Annual report of the Central Committee of the Association together with the report of the directors of the Pasteur Institute at Kasauli
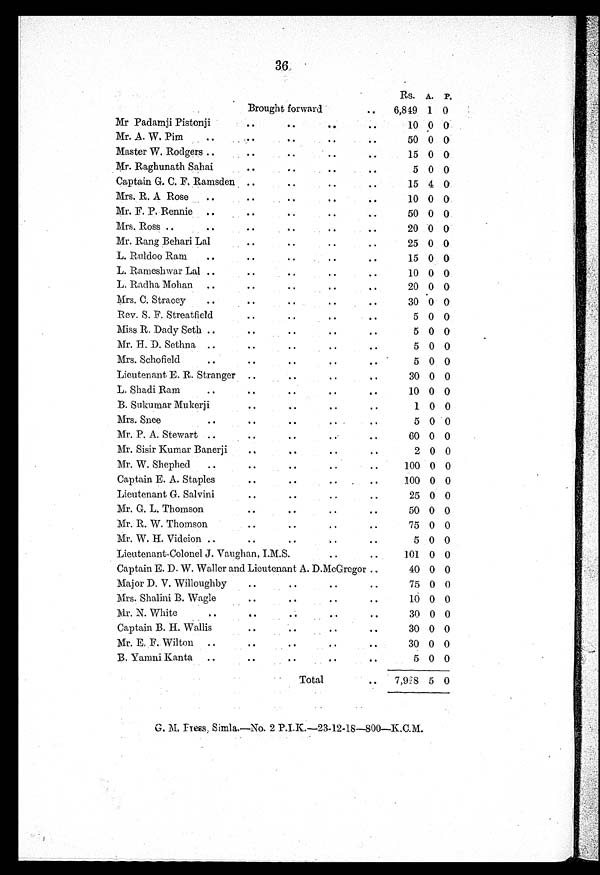
36
Rs. A. P.
Brought forward
6,849 1 0
Mr Padamji Pistonji
10 0 0
Mr. A. W. Pim
50 0 0
Master W. Rodgers
15 0 0
M r . R a g h u n a t h S a h a i
5 0 0
Captain G. C. F. Ramsden
15 4 0
Mrs. R. A Rose
10 0 0
M r . F . P . R e n n i e
50 0 0
Mrs. Ross
20 0 0
Mr. Rang Behari Lal
25 0 0
L. Ruldoo Ram
15 0 0
L. Rameshwar Lal
10 0 0
L. Radha Mohan
20 0 0
Mrs. C. Stracey
30 0 0
Rev. S. F. Streatfield
5 0 0
Miss R. Dady Seth
5 0 0
Mr. H. D. Sethna
5 0 0
Mrs. Schofield
5 0 0
Lieutenant E. R. Stranger
30 0 0
L . S h a d i R a m
10 0 0
B. Sukumar Mukerji
1 0 0
Mrs. Snee
5 0 0
Mr. P. A. Stewart
60 0 0
M r . S i s i r K u m a r B a n e r j i
2 0 0
Mr. W. Shephed
100 0 0
Captain E. A. Staples
100 0 0
Lieutenant G. Salvini
25 0 0
Mr. G. L. Thomson
50 0 0
M Mr. R. W. Thomson
75 0 0
..
Mr. W. H. Videion
5 0 0
Lieutenant-Colonel J. Vaughan, I.M.S.
101 0 0
Captain E. D. W. Waller and Lieutenant A. D.McGregor
40 0 0
..
..
Major D. V.Willoughby
75 0 0
Mrs. Shalini B. Wagle
10 0 0
Mr. N. White
30 0 0
Captain B. H. Wallis
30 0 0
Mr. E. F. Wilton
30 0 0
B. Yamni Kanta
5 0 0
Total
7,928 5 0
G. M. Fress Simla.—No. 2 P.I.K.—23-12-18—800—K.C.M.